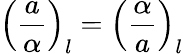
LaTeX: \left({\frac{a}{\alpha}}\right)_{l}=\left({\frac{\alpha}{a}}\right)_{l}